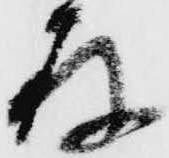
存